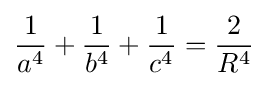
{\frac {1}{a^{4}}}+{\frac {1}{b^{4}}}+{\frac {1}{c^{4}}}={\frac {2}{R^{4}}}